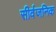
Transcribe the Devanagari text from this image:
सीर्वजनिक